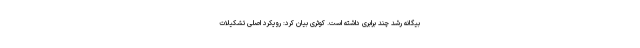
بیگانه رشد چند برابری داشته است. کوثری بیان کرد: رویکرد اصلی تشکیلات